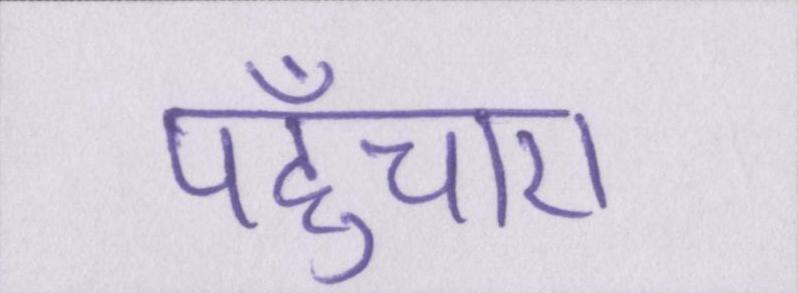
पहुँचाए